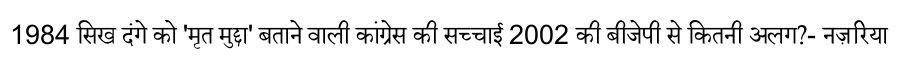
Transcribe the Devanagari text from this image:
1984 सिख दंगे को 'मृत मुद्दा' बताने वाली कांग्रेस की सच्चाई 2002 की बीजेपी से कितनी अलग?- नज़रिया